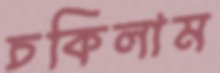
চকিলাম